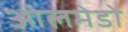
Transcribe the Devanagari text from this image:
ओलमेडो